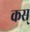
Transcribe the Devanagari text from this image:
कस्